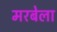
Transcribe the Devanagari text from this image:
मरबेला